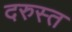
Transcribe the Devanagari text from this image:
दरुस्त